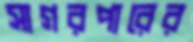
সাগরপারের